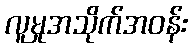
လူမှုအသိုက်အဝန်း